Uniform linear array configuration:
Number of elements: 4
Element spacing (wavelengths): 0.5
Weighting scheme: hamming
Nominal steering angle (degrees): -60
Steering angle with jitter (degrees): -61.475
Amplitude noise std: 0.05
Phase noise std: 0.05

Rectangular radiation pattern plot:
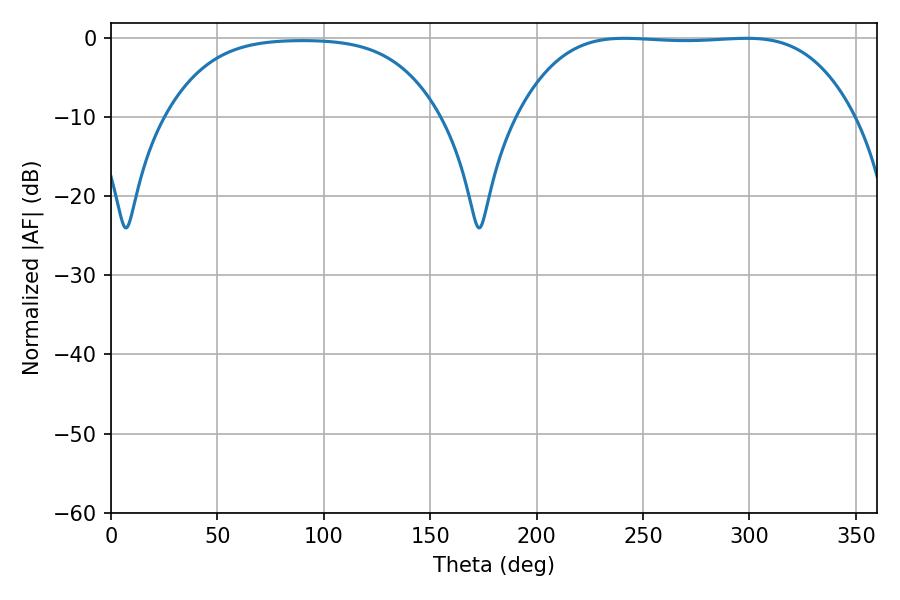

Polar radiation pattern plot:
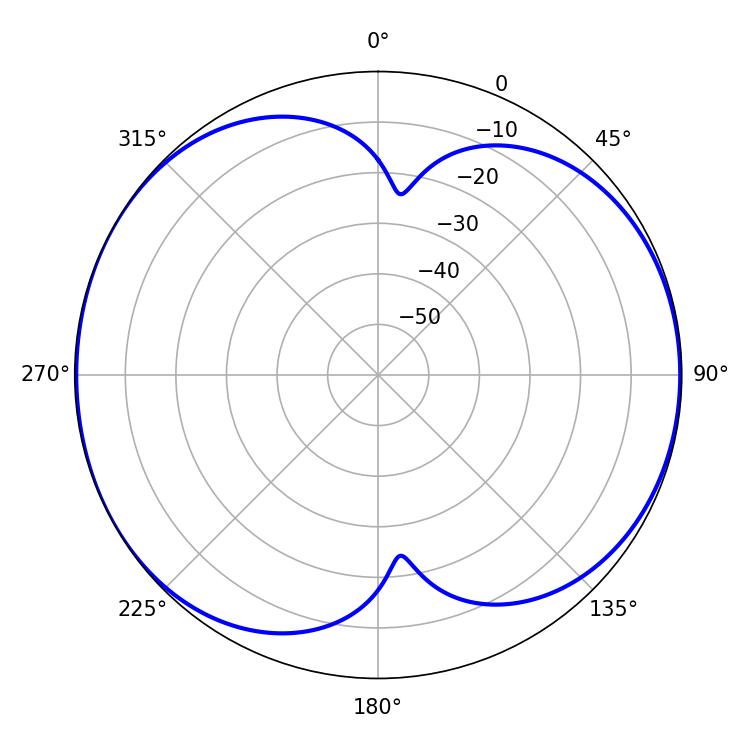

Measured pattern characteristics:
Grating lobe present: FALSE
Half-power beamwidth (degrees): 122.04
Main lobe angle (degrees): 241.38